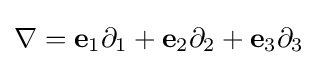
\nabla =\mathbf {e} _{1}\partial _{1}+\mathbf {e} _{2}\partial _{2}+\mathbf {e} _{3}\partial _{3}